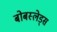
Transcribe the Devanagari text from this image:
बोबस्लेड्स